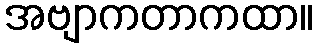
အဗျာကတာကထာ။